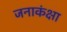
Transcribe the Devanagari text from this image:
जनाकंक्षा